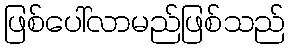
ဖြစ်ပေါ်လာမည်ဖြစ်သည်